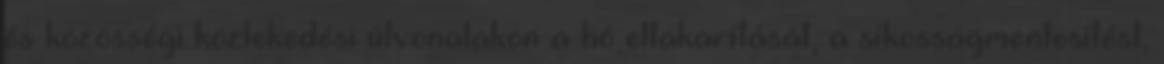
és közösségi közlekedési útvonalakon a hó eltakarítását, a síkosságmentesítést,